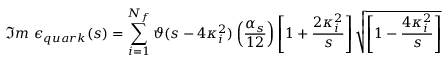
\Im m \ \epsilon _ { q u a r k } ( s ) = \sum _ { i = 1 } ^ { N _ { f } } \vartheta ( s - 4 \kappa _ { i } ^ { 2 } ) \left( \frac { \alpha _ { s } } { 1 2 } \right) \left[ 1 + \frac { 2 \kappa _ { i } ^ { 2 } } { s } \right] \sqrt { \left[ 1 - \frac { 4 \kappa _ { i } ^ { 2 } } { s } \right] }